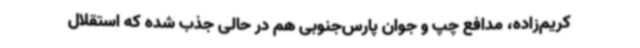
کریم‌زاده، مدافع چپ و جوان پارس‌جنوبی هم در حالی جذب شده که استقلال